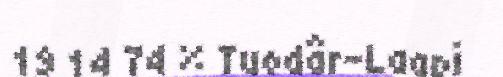
19 14 74 % Tuodâr-Laapi